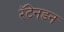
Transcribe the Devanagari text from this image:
रॅटेनडन